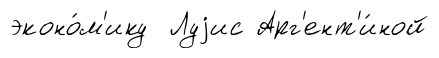
эконо́м'ику Луjис Арг'ент'и́ной